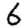
Digit: 6